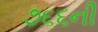
૭૬૬ની